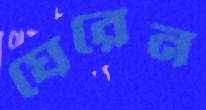
ঘেরেন